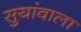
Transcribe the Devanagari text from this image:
सुयांवाला